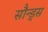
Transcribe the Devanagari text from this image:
सौन्ड्स